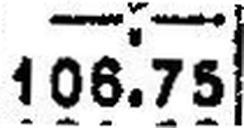
106.75